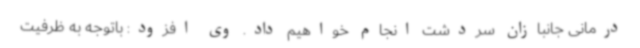
درمانی جانبازان سردشت انجام خواهیم داد. وی افزود: باتوجه به ظرفیت